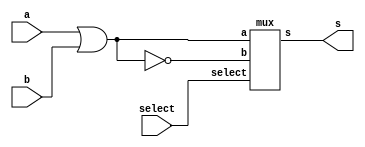
// -------------------------
// Exemplo_0704 - GATES
// Laura Iara Silva Santos Xavier - 734661
// -------------------------
module LU_1 ( output s, input a, b, select );

// descrever por portas
wire s0, s1;

or OR1(s0, a, b);
nor NOR1(s1, a, b);
mux MUX1(s, s0, s1, select);

endmodule // LU_1

module LU_2 ( output s, input a, b, select );

// descrever por portas
wire s0, s1;

xor XOR1(s0, a, b);
xnor XNOR1(s1, a, b);
mux MUX1(s, s0, s1, select);

endmodule // LU_2
// -------------------------
// multiplexer
// -------------------------
module mux ( output s,
 input a,
 input b,
 input select );
// definir dados locais
 wire not_select;
 wire sa;
 wire sb;
// descrever por portas
 not NOT1 ( not_select, select );
 and AND1 ( sa, a, not_select );
 and AND2 ( sb, b, select );
 or OR1 ( s , sa, sb );
endmodule // mux

module test_LU;
// ------------------------- definir dados
 reg a, b;
 reg select_1, select_2;
 wire s0, s1, s;
 
 LU_1 lu1 (s0, a, b, select_1);
 LU_2 lu2 (s1, a, b, select_1);
 mux MUX1(s, s0, s1, select_2);
 
 initial
    begin
    a = 0; b = 0; select_1 = 0; select_2 = 0;
    end

// ------------------------- parte principal
 initial
 begin : main
 $display("Exemplo_0704 -  Laura Iara Silva Santos Xavier - 734661");
 $display("Test LU's module");
 $display(" a b  x   s ");
 
 $monitor("%2b%2b  %1b%1b%3b", a, b, select_1, select_2, s);
 #1 b = 1;
 #1 a = 1; b = 0;
 #1 b = 1;
 #1 a = 0; b = 0; select_1 = 1;
 #1 b = 1;
 #1 a = 1; b = 0;
 #1 b = 1;
 #1 a = 0; b = 0; select_2 = 1;
 #1 b = 1;
 #1 a = 1; b = 0;
 #1 b = 1;
 #1 a = 0; b = 0; select_1 = 0;
 #1 b = 1;
 #1 a = 1; b = 0;
 #1 b = 1;
 
 
 end
endmodule // test_LU